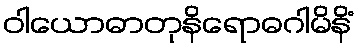
ဝါယောဓာတုနိရောဓဂါမိနိံ